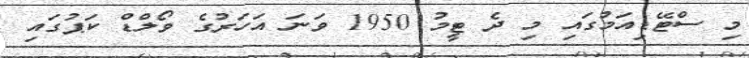
މި ސްޓޭޑިއަމުގައި މި ދެ ޓީމު 1950 ވަނަ އަހަރުގެ ވޯލްޑް ކަޕުގައި